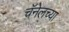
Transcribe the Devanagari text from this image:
चॅनेलच्या